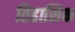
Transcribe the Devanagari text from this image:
तिहासिक